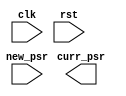
module controller (
    input clk, rst,
    input [1:0] new_psr,
    output reg curr_psr
);
    
    reg [1:0] psr; // C, Z

    always @(rst) begin
        psr = {2'b00};
    end

    always @(posedge clk) begin
        
    end
 
endmodule